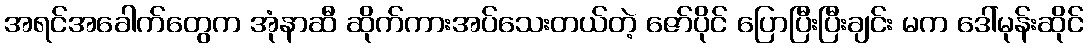
အရင်အခေါက်တွေက အုံနာဆီ ဆိုက်ကားအပ်သေးတယ်တဲ့ ဇော်ပိုင် ပြောပြီးပြီးချင်း မက ဒေါ်မုန်းဆိုင်